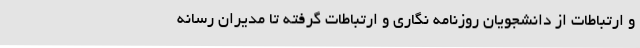
و ارتباطات از دانشجویان روزنامه نگاری و ارتباطات گرفته تا مدیران رسانه